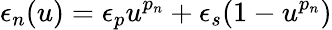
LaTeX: \epsilon_{n}(u)=\epsilon_{p}u^{p_{n}}+\epsilon_{s}(1-u^{p_{n}})